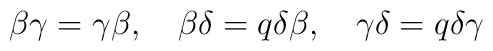
\beta\gamma = \gamma\beta, \quad \beta\delta = q\delta\beta,\quad \gamma \delta = q \delta \gamma